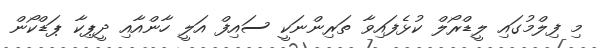
މި ފިލްމުގައި ލީޑްރޯލް ކުޅެފައިވާ ތަރިންނަކީ ސައިފް އަލީ ހާންއާއި ދީޕިކާ ޕަޑްކޯން